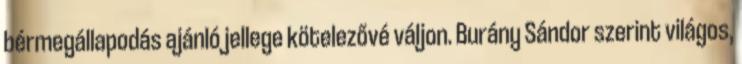
bérmegállapodás ajánló jellege kötelezővé váljon. Burány Sándor szerint világos,